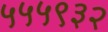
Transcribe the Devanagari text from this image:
५५५९३२